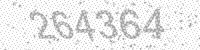
Solution: 264364